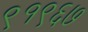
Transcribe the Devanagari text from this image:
९१९६७